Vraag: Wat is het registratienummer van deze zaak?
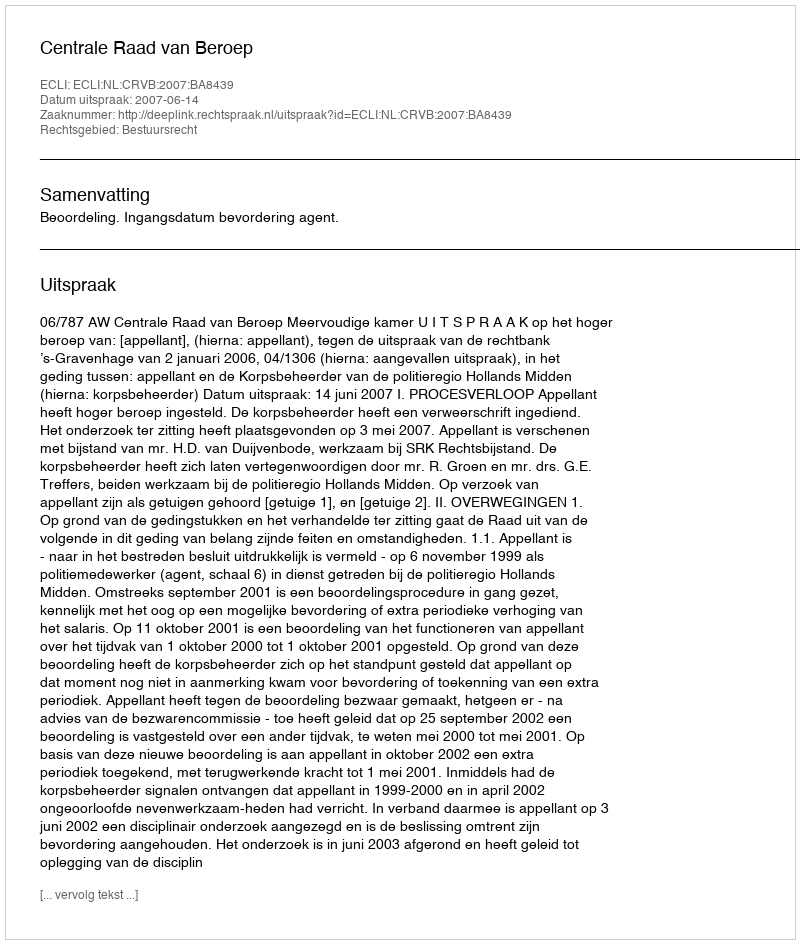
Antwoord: http://deeplink.rechtspraak.nl/uitspraak?id=ECLI:NL:CRVB:2007:BA8439